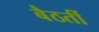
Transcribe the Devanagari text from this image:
बैठतीं